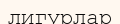
лигурлар